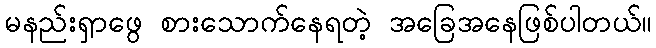
မနည်းရှာဖွေ စားသောက်နေရတဲ့ အခြေအနေဖြစ်ပါတယ်။